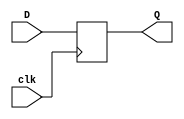
module DFF(
	clk,
	D,
	Q
);
input clk;
input D;
output Q;
reg Q;
always@(posedge clk)
Q<=D;
endmodule